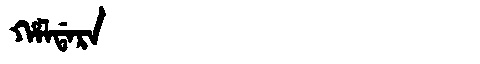
Manchu: ᡥᠠᠯᡩᠠᡵᠠ
Romanization: HALDARA